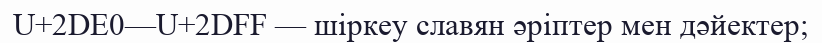
U+2DE0—U+2DFF — шіркеу славян әріптер мен дәйектер;